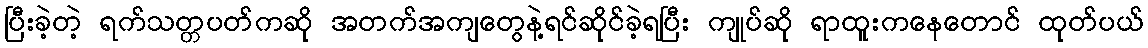
ပြီးခဲ့တဲ့ ရက်သတ္တပတ်ကဆို အတက်အကျတွေနဲ့ရင်ဆိုင်ခဲ့ရပြီး ကျုပ်ဆို ရာထူးကနေတောင် ထုတ်ပယ်